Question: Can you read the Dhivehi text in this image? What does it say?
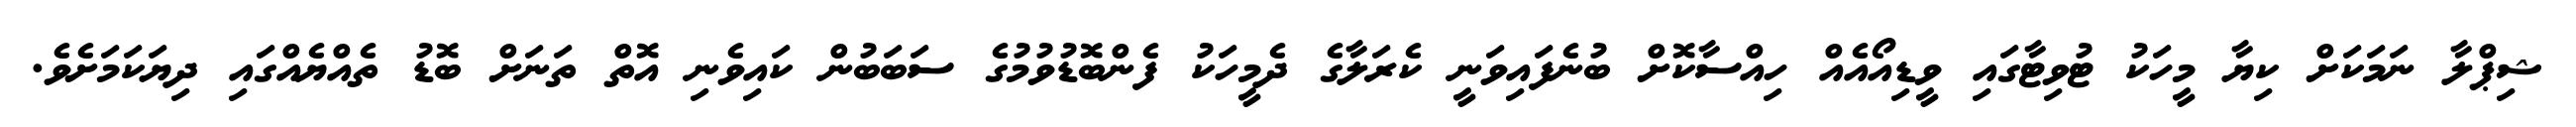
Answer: ޝިޕްލާ ނަމަކަށް ކިޔާ މީހަކު ޓުވިޓާގައި ވީޑިއޯއެއް ހިއްސާކޮށް ބުނެފައިވަނީ ކެރަލާގެ ދެމީހަކު ފެންބޮޑުވުމުގެ ސަބަބުން ކައިވެނި އޮތް ތަނަށް ބޮޑު ތެއްޔެއްގައި ދިޔަކަމަށެވެ.